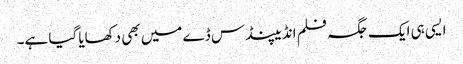
ایسی ہی ایک جگہ فلم انڈیپنڈس ڈے میں بھی دکھایا گیا ہے۔